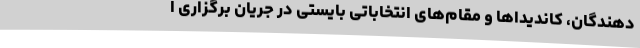
دهندگان، کاندیداها و مقام‌های انتخاباتی بایستی در جریان برگزاری ا